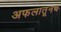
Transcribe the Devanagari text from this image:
अफलातूनच